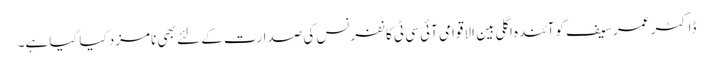
ڈاکٹر عمر سیف کوآئندہ اگلی بین الاقوامی آئی سی ٹی کانفرنس کی صدارت کے لئے بھی نامزد کیا گیا ہے۔